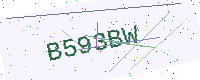
Text: B593BW